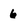
Character: 6